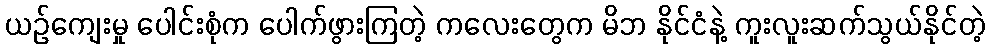
ယဉ်ကျေးမှု ပေါင်းစုံက ပေါက်ဖွားကြတဲ့ ကလေးတွေက မိဘ နိုင်ငံနဲ့ ကူးလူးဆက်သွယ်နိုင်တဲ့